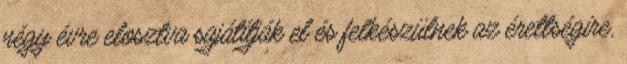
négy évre elosztva sajátítják el és felkészülnek az érettségire,